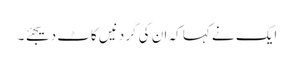
ایک نے کہا کہ ان کی گردنیں کاٹ دیجئے ۔